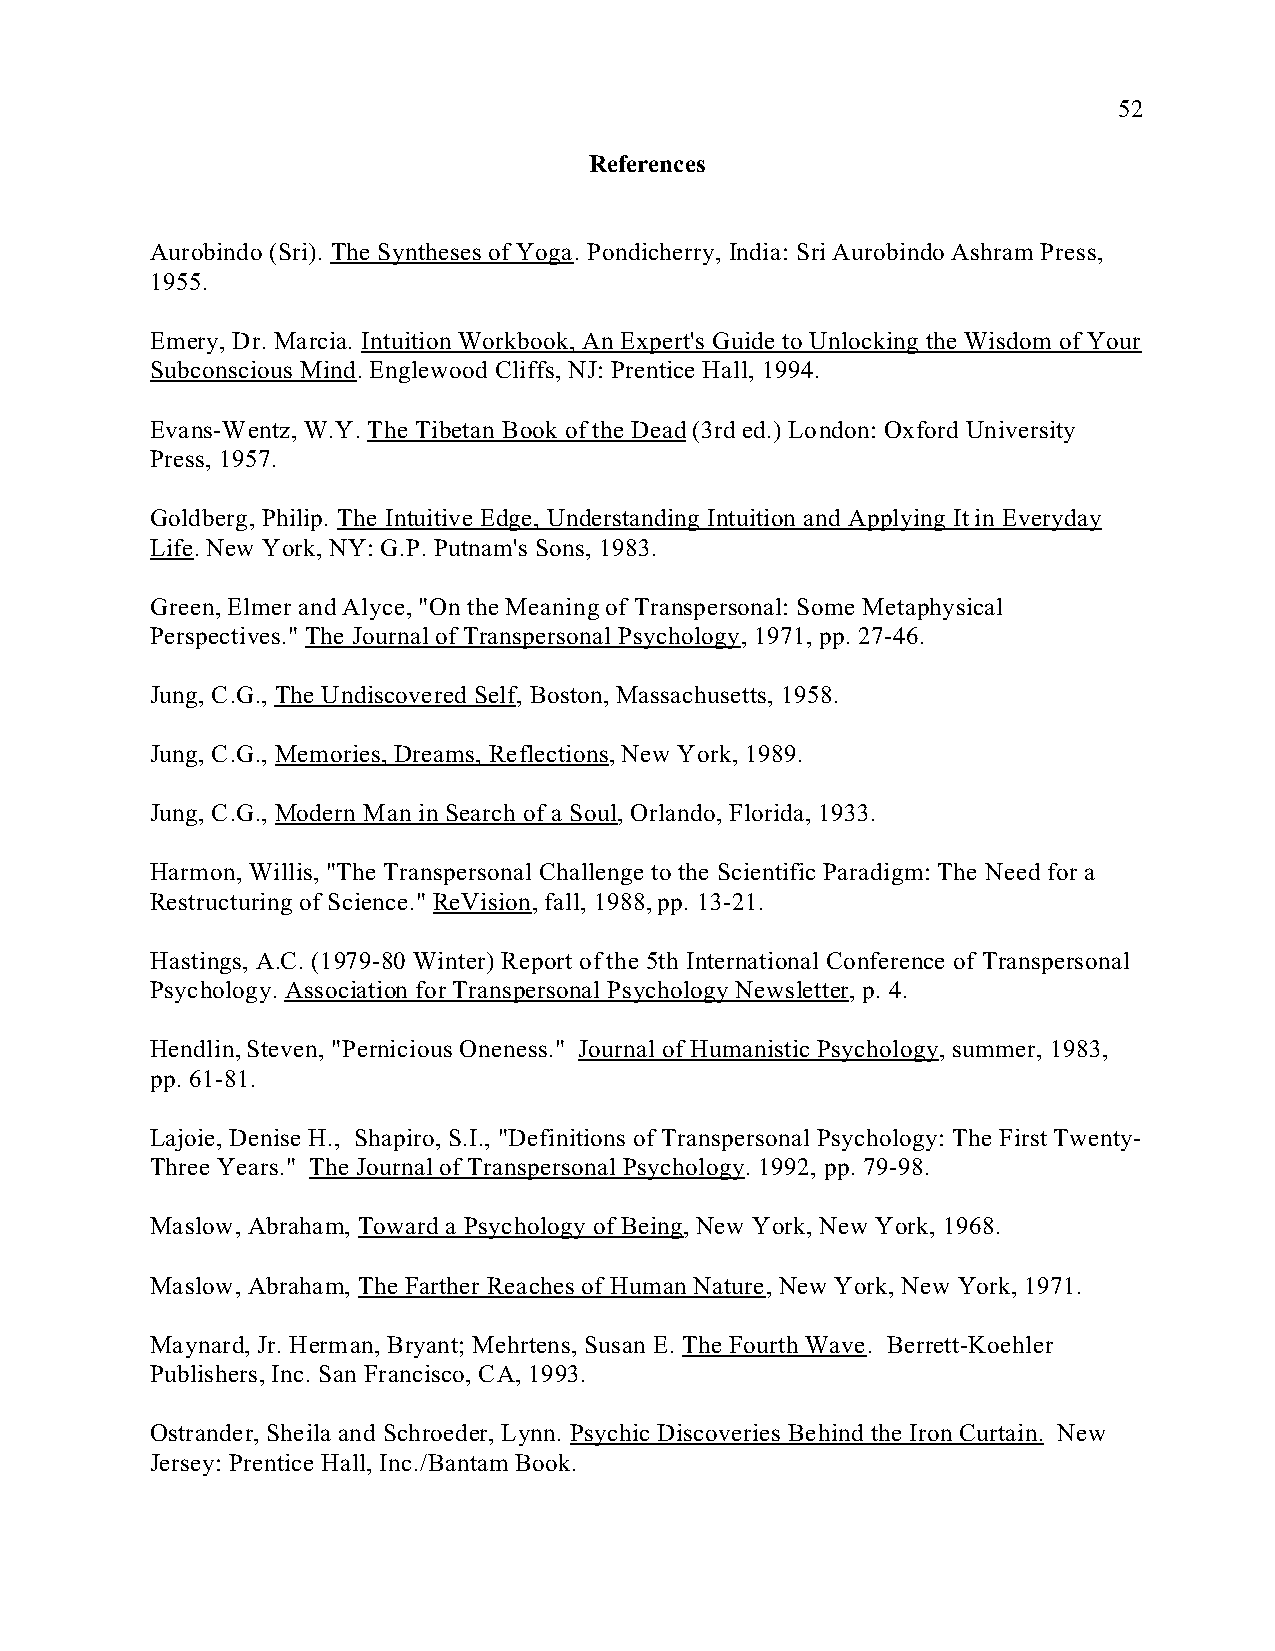
52
 References
 Aurobindo (Sri). The Syntheses of Yoga. Pondicherry, India: Sri Aurobindo Ashram Press,
 1955.
 Emery, Dr. Marcia. Intuition Workbook, An Expert's Guide to Unlocking the Wisdom of Your
 Subconscious Mind. Englewood Cliffs, NJ: Prentice Hall, 1994.
 Evans-Wentz, W.Y. The Tibetan Book of the Dead (3rd ed.) London: Oxford University
 Press, 1957.
 Goldberg, Philip. The Intuitive Edge, Understanding Intuition and Applying It in Everyday
 Life. New York, NY: G.P. Putnam's Sons, 1983.
 Green, Elmer and Alyce, "On the Meaning of Transpersonal: Some Metaphysical
 Perspectives." The Journal of Transpersonal Psychology, 1971, pp. 27-46.
 Jung, C.G., The Undiscovered Self, Boston, Massachusetts, 1958.
 Jung, C.G., Memories, Dreams, Reflections, New York, 1989.
 Jung, C.G., Modern Man in Search of a Soul, Orlando, Florida, 1933.
 Harmon, Willis, "The Transpersonal Challenge to the Scientific Paradigm: The Need for a
 Restructuring of Science." ReVision, fall, 1988, pp. 13-21.
 Hastings, A.C. (1979-80 Winter) Report of the 5th International Conference of Transpersonal
 Psychology. Association for Transpersonal Psychology Newsletter, p. 4.
 Hendlin, Steven, "Pernicious Oneness." Journal of Humanistic Psychology, summer, 1983,
 pp. 61-81.
 Lajoie, Denise H., Shapiro, S.I., "Definitions of Transpersonal Psychology: The First Twenty-
 Three Years." The Journal of Transpersonal Psychology. 1992, pp. 79-98.
 Maslow, Abraham, Toward a Psychology of Being, New York, New York, 1968.
 Maslow, Abraham, The Farther Reaches of Human Nature, New York, New York, 1971.
 Maynard, Jr. Herman, Bryant; Mehrtens, Susan E. The Fourth Wave. Berrett-Koehler
 Publishers, Inc. San Francisco, CA, 1993.
 Ostrander, Sheila and Schroeder, Lynn. Psychic Discoveries Behind the Iron Curtain. New
 Jersey: Prentice Hall, Inc./Bantam Book.